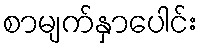
စာမျက်နှာပေါင်း